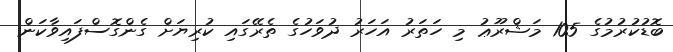
ބޮޑުކުރުމުގެ 105 މަޝްރޫޢު މި ހަތަރު އަހަރު ދުވަހުގެ ތެރޭގައި ކުރިޔަށް ގެންގޮސްފައިވާކަން